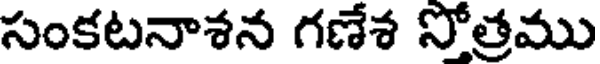
సంకటనాశన గణేశ సోత్రము